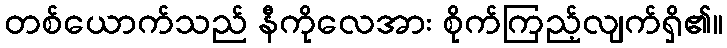
တစ်ယောက်သည် နီကိုလေအား စိုက်ကြည့်လျက်ရှိ၏။